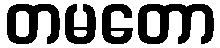
တမတော